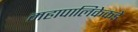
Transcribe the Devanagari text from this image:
महापालिकेकडे